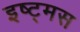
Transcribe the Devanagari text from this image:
इष्ट्मस